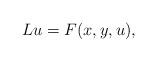
LaTeX: \begin{align*}Lu= F(x,y,u),\end{align*}